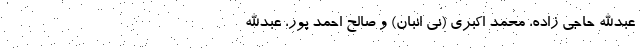
عبدالله حاجی زاده، محمد اکبری (نی انبان) و صالح احمد پور، عبدالله